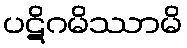
ပဋိဂမိဿာမိ